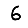
Digit: 6